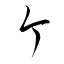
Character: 箇